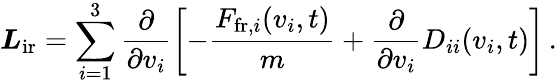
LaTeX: \boldsymbol{L}_{\mathrm{ir}}=\sum_{i=1}^{3}\frac{\partial}{\partial v_{i}}\left[-\frac{F_{\mathrm{fr},i}(v_{i},t)}{m}+\frac{\partial}{\partial v_{i}}D_{ii}(v_{i},t)\right]\, .